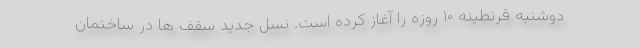
دوشنبه قرنطینه ۱۰ روزه را آغاز کرده است. نسل جدید سقف ها در ساختمان